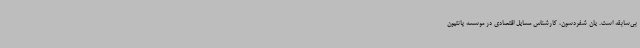
بی‌سابقه است. یان شفردسون، کارشناس مسایل اقتصادی در موسسه پانتیون